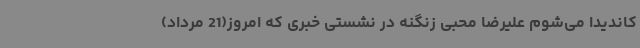
کاندیدا می‌شوم علیرضا محبی زنگنه در نشستی خبری که امروز(21 مرداد)